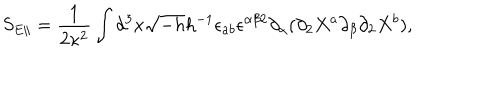
S _ { E \parallel } = \frac { 1 } { 2 \kappa ^ { 2 } } \int d ^ { 3 } x \sqrt { - h } h ^ { - 1 } \epsilon _ { a b } \epsilon ^ { \alpha \beta 2 } \partial _ { \alpha } ( \partial _ { 2 } X ^ { a } \partial _ { \beta } \partial _ { 2 } X ^ { b } ) ,